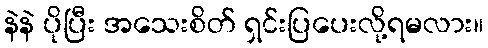
နဲနဲ ပိုပြီး အသေးစိတ် ရှင်းပြပေးလို့ရမလား။